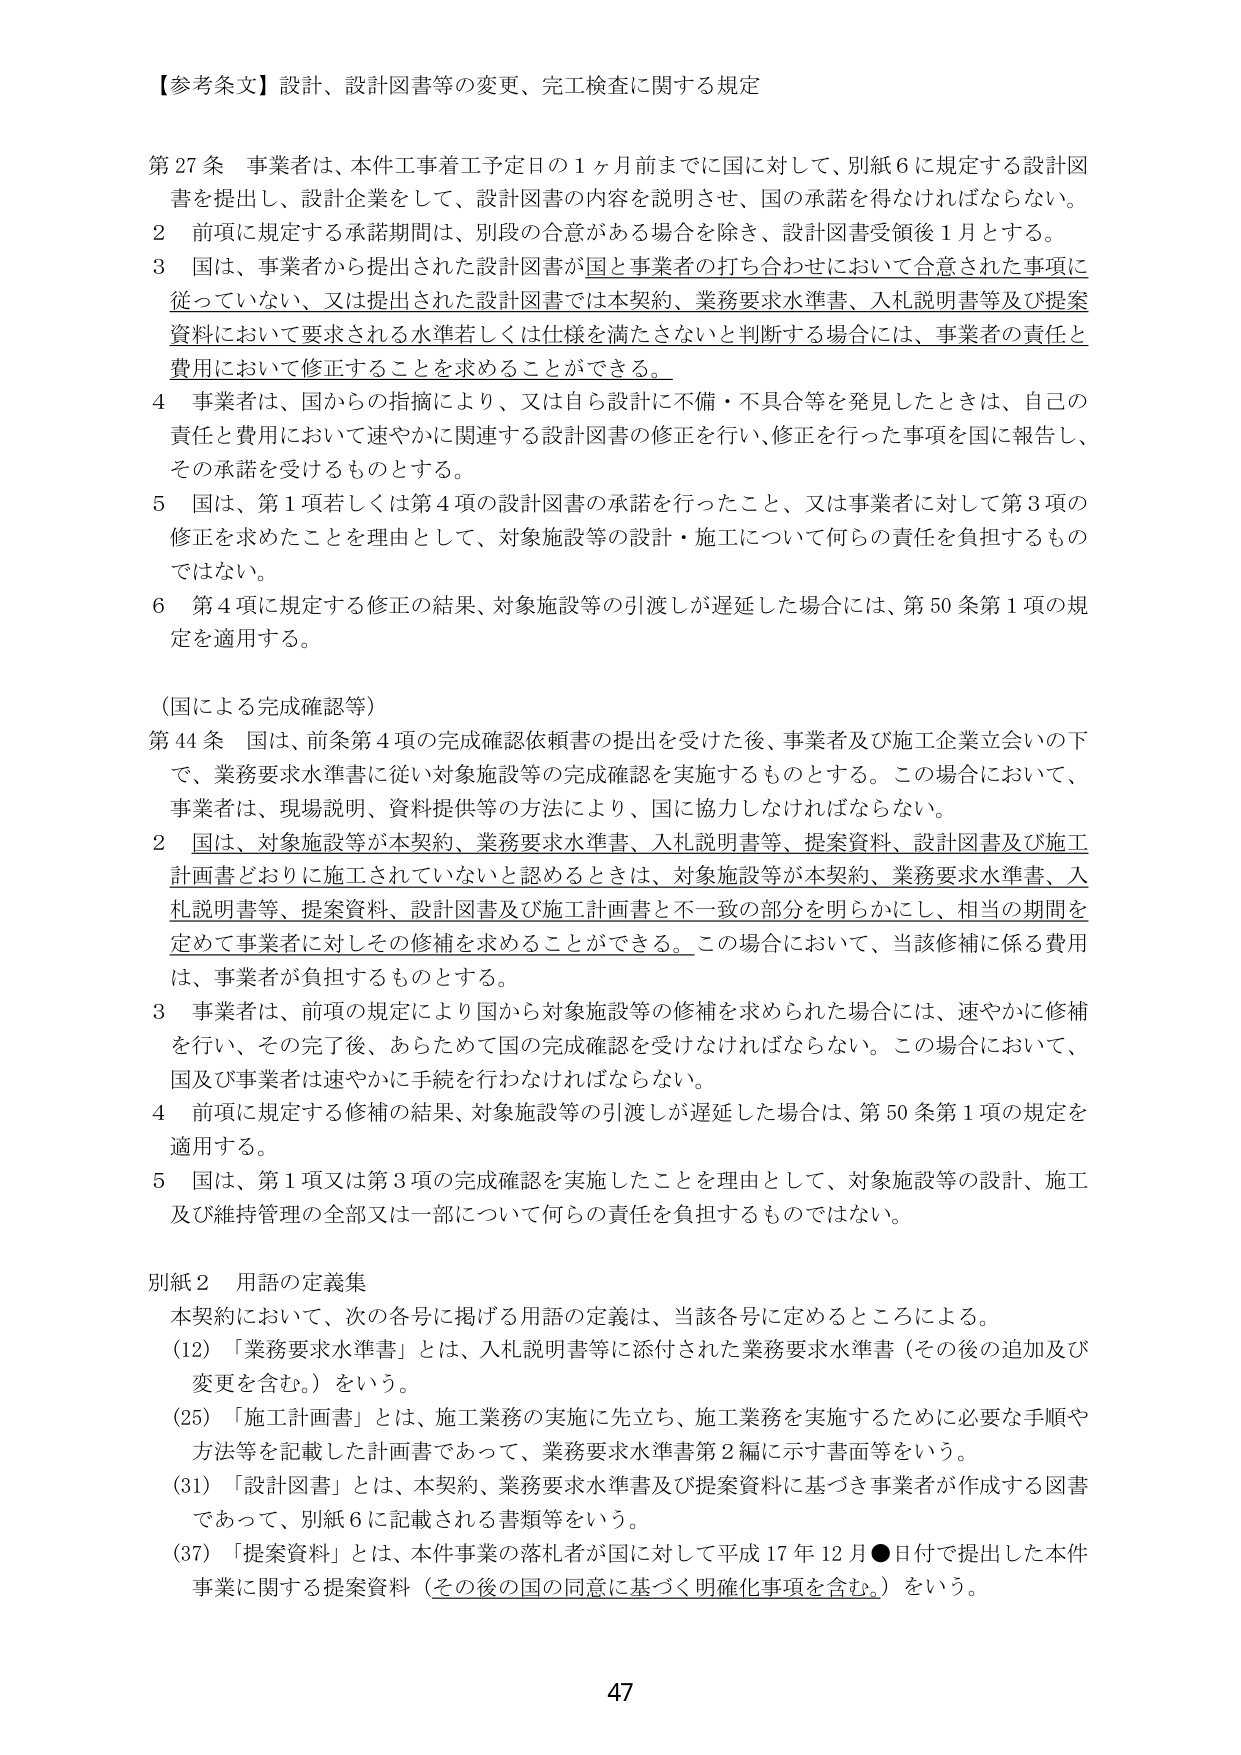
【参考条文】設計、設計図書等の変更、完工検査に関する規定

第27条 事業者は、本件工事着工予定日の1ヶ月前までに国に対して、別紙6に規定する設計図書を提出し、設計企業をして、設計図書の内容を説明させ、国の承諾を得なければならない。

2 前項に規定する承諾期間は、別段の合意がある場合を除き、設計図書受領後1月とする。

3 国は、事業者から提出された設計図書が国と事業者の打ち合わせにおいて合意された事項に従っていない、又は提出された設計図書では本契約、業務要求水準書、入札説明書等及び提案資料において要求される水準若しくは仕様を満たさないと判断する場合には、事業者の責任と費用において修正することを求めることができる。

4 事業者は、国からの指摘により、又は自ら設計に不備・不具合等を発見したときは、自己の責任と費用において速やかに関連する設計図書の修正を行い、修正を行った事項を国に報告し、その承諾を受けるものとする。

5 国は、第1項若しくは第4項の設計図書の承諾を行ったこと、又は事業者に対して第3項の修正を求めたことを理由として、対象施設等の設計・施工について何らの責任を負担するものではない。

6 第4項に規定する修正の結果、対象施設等の引渡しが遅延した場合には、第50条第1項の規定を適用する。

（国による完成確認等）

第44条 国は、前条第4項の完成確認依頼書の提出を受けた後、事業者及び施工企業立会いの下で、業務要求水準書に従い対象施設等の完成確認を実施するものとする。この場合において、事業者は、現場説明、資料提供等の方法により、国に協力しなければならない。

2 国は、対象施設等が本契約、業務要求水準書、入札説明書等、提案資料、設計図書及び施工計画書どおりに施工されていないと認めるときは、対象施設等が本契約、業務要求水準書、入札説明書等、提案資料、設計図書及び施工計画書と不一致の部分を明らかにし、相当の期間を定めて事業者に対しその修補を求めることができる。この場合において、当該修補に係る費用は、事業者が負担するものとする。

3 事業者は、前項の規定により国から対象施設等の修補を求められた場合には、速やかに修補を行い、その完了後、あらためて国の完成確認を受けなければならない。この場合において、国及び事業者は速やかに手続を行わなければならない。

4 前項に規定する修補の結果、対象施設等の引渡しが遅延した場合は、第50条第1項の規定を適用する。

5 国は、第1項又は第3項の完成確認を実施したことを理由として、対象施設等の設計、施工及び維持管理の全部又は一部について何らの責任を負担するものではない。

別紙2 用語の定義集

本契約において、次の各号に掲げる用語の定義は、当該各号に定めるところによる。

(12) 「業務要求水準書」とは、入札説明書等に添付された業務要求水準書（その後の追加及び変更を含む。）をいう。

(25) 「施工計画書」とは、施工業務の実施に先立ち、施工業務を実施するために必要な手順や方法等を記載した計画書であって、業務要求水準書第2編に示す書面等をいう。

(31) 「設計図書」とは、本契約、業務要求水準書及び提案資料に基づき事業者が作成する図書であって、別紙6に記載される書類等をいう。

(37) 「提案資料」とは、本件事業の落札者が国に対して平成17年12月●日付で提出した本件事業に関する提案資料（その後の国の同意に基づく明確化事項を含む。）をいう。

47